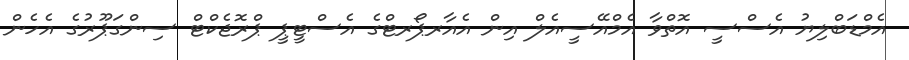
އެމްޑަބްލިޔު އެސްސީ އޮތްވާ އެމްއޭސީއެލް އިން އެއާރޕޯރޓްގެ އެސްޓީޕީ ޕްރޮޖެކްޓް ސިންގަޕޫރުގެ އެހެން